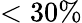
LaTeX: <30\%